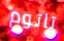
تاتوم